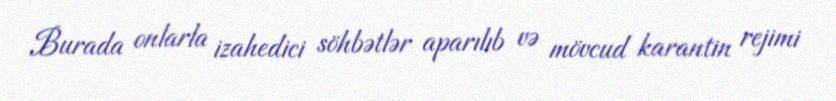
Burada onlarla izahedici söhbətlər aparılıb və mövcud karantin rejimi